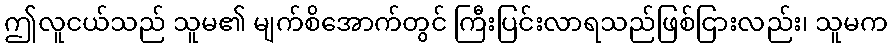
ဤလူငယ်သည် သူမ၏ မျက်စိအောက်တွင် ကြီးပြင်းလာရသည်ဖြစ်ငြားလည်း၊ သူမက